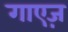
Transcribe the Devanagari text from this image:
गाएज़